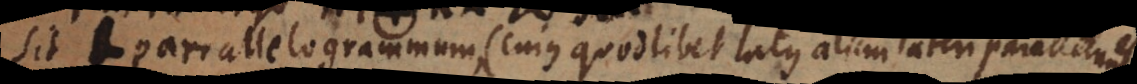
Sit L parallelogrammum (cujus quodlibet latus alicui lateri parallelum est)